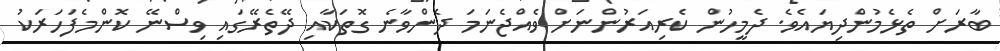
ބާރަށް ތެޅެމުންދިޔައެވެ. ދެމީހުން ކެރިއަރުންނަށް ވެއްޖެނަމަ ދެންވާނެ ގޮތަކާއި ދޭތެރޭގައި ވިސްނޭ ކޮންމެފަހަރަކު